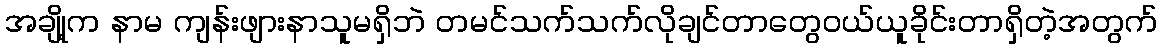
အချို့က နာမ ကျန်းဖျားနာသူမရှိဘဲ တမင်သက်သက်လိုချင်တာတွေဝယ်ယူခိုင်းတာရှိတဲ့အတွက်